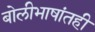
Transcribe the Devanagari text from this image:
बोलीभाषांतही